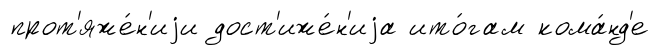
прот'яже́н'иjи дост'иже́н'иjа ито́гам кома́нд'е